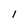
Character: l